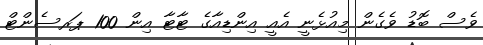
ވެސް ބޮޑު ވެގެން މިއުޅެނީ އެއީ އިންޑިއާގެ ޓާޓާ އިން 100 ޕަރސެންޓް